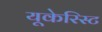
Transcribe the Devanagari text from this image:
यूकेरिस्ट